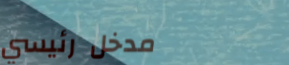
مدخل رئيسي